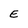
Character: E